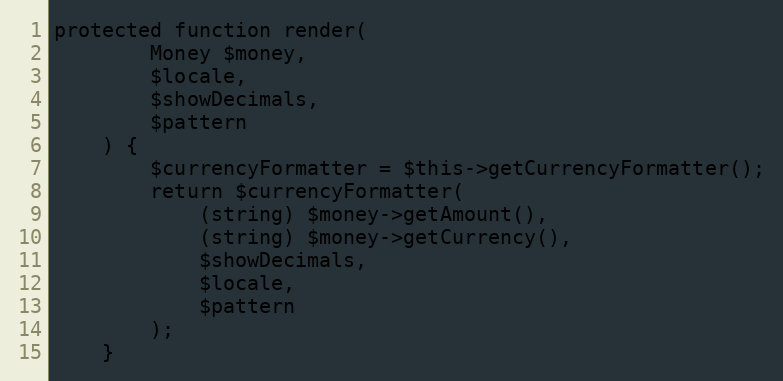
Language: PHP
protected function render(
        Money $money,
        $locale,
        $showDecimals,
        $pattern
    ) {
        $currencyFormatter = $this->getCurrencyFormatter();
        return $currencyFormatter(
            (string) $money->getAmount(),
            (string) $money->getCurrency(),
            $showDecimals,
            $locale,
            $pattern
        );
    }